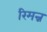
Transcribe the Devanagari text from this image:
रिमन्न